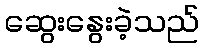
ဆွေးနွေးခဲ့သည်